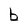
Character: b